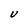
Character: U